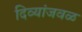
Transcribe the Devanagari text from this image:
दिव्यांजवळ